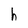
Character: h